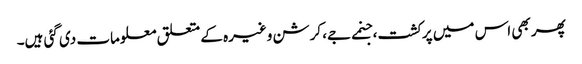
پھر بھی اس میں پرکشت، جنمے جے، کرشن وغیرہ کے متعلق معلومات دی گئی ہیں۔